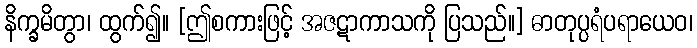
နိက္ခမိတွာ၊ ထွက်၍။ [ဤစကားဖြင့် အဇဋာကာသကို ပြသည်။] ဓာတုပ္ပရံပရာယေဝ၊